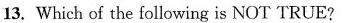
13. Which of the following is NOT TRUE?